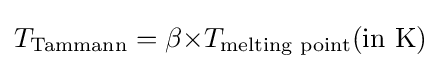
T_{\text{Tammann}}={\beta }{\times }T_{\text{melting point}}({\text{in K}})